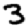
Digit: 3